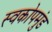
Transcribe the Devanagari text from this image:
स्वकोपमुंड